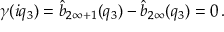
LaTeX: \gamma ( i q _ { 3 } ) = \hat { b } _ { 2 \infty + 1 } ( q _ { 3 } ) - \hat { b } _ { 2 \infty } ( q _ { 3 } ) = 0 \, .